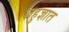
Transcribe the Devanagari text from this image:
बहुज्ञात